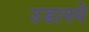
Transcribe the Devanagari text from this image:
उडानमे